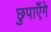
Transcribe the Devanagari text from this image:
छुपाएँगे